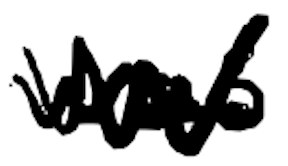
Text: was
Cross-out: mix
Writing tool: digital_black